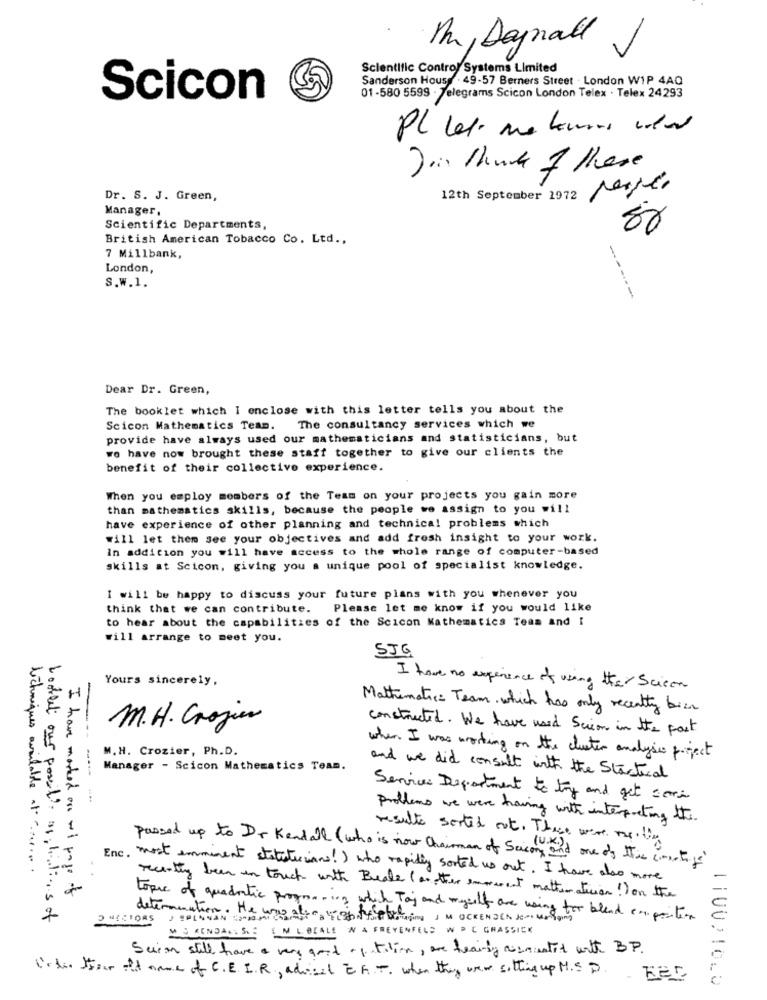
Pm, Dannall
Scientific Control Systems Limited
Sanderson House . 49-57 Berners Street - London WIP 4AQ
01-580 5599 . Telegrams Scicon London Telex . Telex 24293
Scicon
PL Let me temas voler
Join think of these
Dr. S. J. Green,
12th September 1972
Manager,
Scientific Departments,
British American Tobacco Co. Ltd .,
7 Millbank,
London,
S.w.1.
----
Dear Dr. Green,
The booklet which I enclose with this letter tells you about the
Scicon Mathematics Team.
The consultancy services which we
provide have always used our mathematicians and statisticians, but
we have now brought these staff together to give our clients the
benefit of their collective experience.
When you employ members of the Team on your projects you gain more
than mathematics skills, because the people we assign to you will
have experience of other planning and technical problems which
will let them see your objectives and add fresh insight to your work.
In addition you will have access to the whole range of computer-based
skills at Scicon, giving you a unique pool of specialist knowledge.
I will be happy to discuss your future plans with you whenever you
think that we can contribute.
Please let me know if you would like
to hear about the capabilities of the Scicon Mathematics Team and I
will arrange to meet you.
SJG
Yours sincerely,
I have no experience of using the Scicon
Mathematic: Team. which has only recently bize
M.H. Crozier
constructed. We have used Scion in the past
M. H. Crozier, Ph.D.
when I was working on the cluster analysis project
Manager - Scicon Mathematics Team.
--
and we did consult with the Startical
Services Department to try and get cari
problems we were having with interpreting the
results sorted est. These were ou thy
passed up to Dr Kendall ( who is now Chairman of Seicons and one of this cinestage)
chniques available at. ........
Enc. most imminent statuturians! ) who rapidly sorted us out. I have also more
have marked ore ti page of
recently been in touch with Brake (another emoment mathematician !) on the
looked our possil' os li lines of
D HECTORS JEPINNAN 1000 mit
determination. He was attprogram OCKENDEN Koungoing
topic of quadratic progressing which Taj and myself are using for blend exposition
MS KENDAG. S. : { N LOCALE IN A FREYENFELD WO C GRASSICK
Seion still have a very and of tilion, are treaity resmentid with BP.
l'eti Har itt name of C. E. I.R ., adical CA.T. when they were sitting up M.S D.